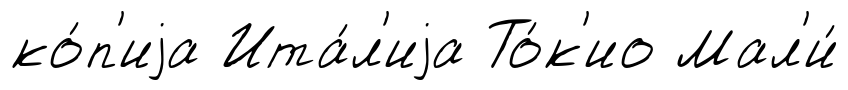
ко́п'иjа Ита́л'иjа То́к'ио Мал'и́